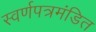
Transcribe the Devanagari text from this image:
स्वर्णपत्रमंडित